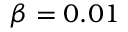
\beta = 0 . 0 1 \